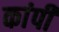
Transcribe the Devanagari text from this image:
कांपी